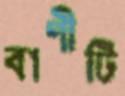
বাণীটি